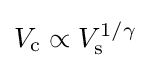
V_{\text{c}}\propto V_{\text{s}}^{1/\gamma }